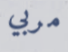
مربي